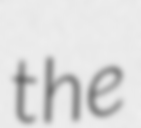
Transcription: the